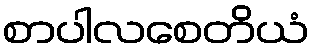
စာပါလစေတိယံ